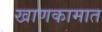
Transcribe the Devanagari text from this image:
खाणकामात